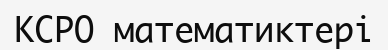
КСРО математиктері